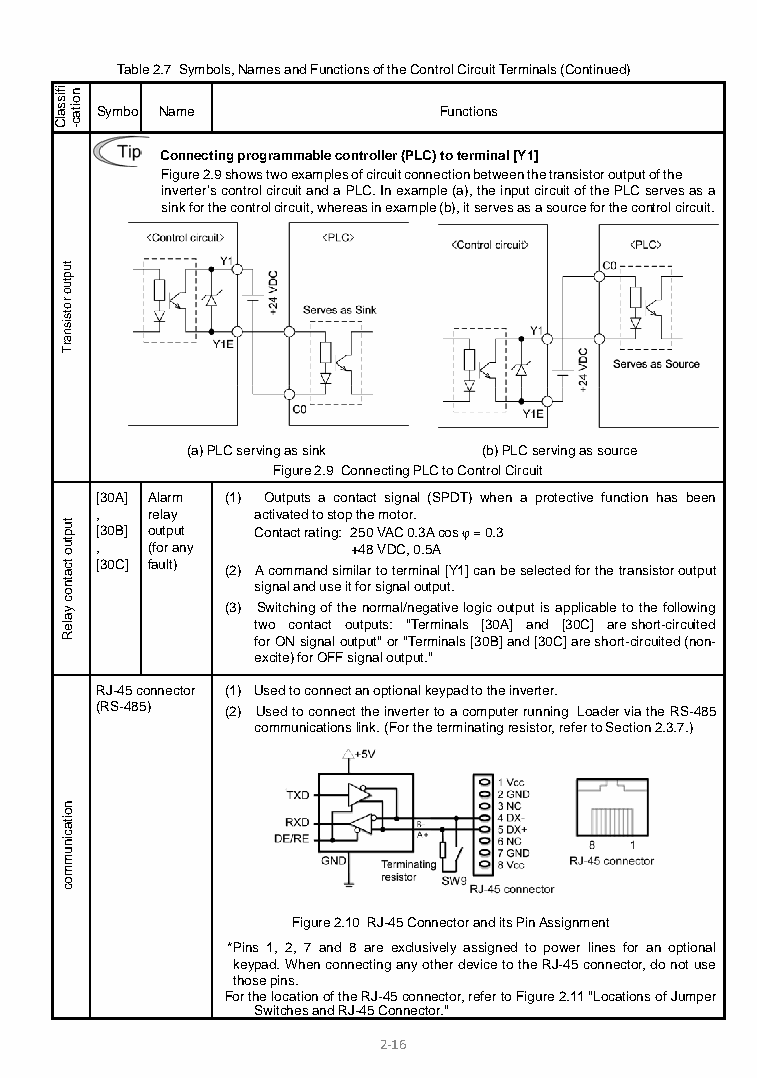
Table 2.7 Symbols, Names and Functions of the Control Circuit Terminals (Continued)
 Symbol Name            Functions
 Connecting programmable controller (PLC) to terminal [Y1]
 Figure 2.9 shows two examples of circuit connection between the transistor output of the
 inverter’s control circuit and a PLC. In example (a), the input circuit of the PLC serves as a
 sink for the control circuit, whereas in example (b), it serves as a source for the control circuit.
 (a) PLC serving as sink (b) PLC serving as source
 Figure 2.9 Connecting PLC to Control Circuit
 [30A] Alarm (1) Outputs a contact signal (SPDT) when a protective function has been
 ,   relay  activated to stop the motor.
 [30B] output Contact rating: 250 VAC 0.3A cos φ = 0.3
 ,   (for any     +48 VDC, 0.5A
 [30C] fault) (2) A command similar to terminal [Y1] can be selected for the transistor output
 signal and use it for signal output.
 (3) Switching of the normal/negative logic output is applicable to the following
 two contact outputs: "Terminals [30A] and [30C] are short-circuited
 for ON signal output" or "Terminals [30B] and [30C] are short-circuited (non-
 excite) for OFF signal output."
 RJ-45 connector (1) Used to connect an optional keypad to the inverter.
 (RS-485) (2) Used to connect the inverter to a computer running Loader via the RS-485
 communications link. (For the terminating resistor, refer to Section 2.3.7.)
 Figure 2.10 RJ-45 Connector and its Pin Assignment
 *Pins 1, 2, 7 and 8 are exclusively assigned to power lines for an optional
 keypad. When connecting any other device to the RJ-45 connector, do not use
 those pins.
 For the location of the RJ-45 connector, refer to Figure 2.11 "Locations of Jumper
 Switches and RJ-45 Connector."
 2-16
 ifissalC
 tuptuo
 rotsisnarT
 tuptuo
 tcatnoc
 yaleR
 noitacinummoc
 noitac-